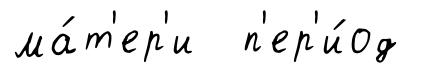
ма́т'ер'и п'ер'и́од